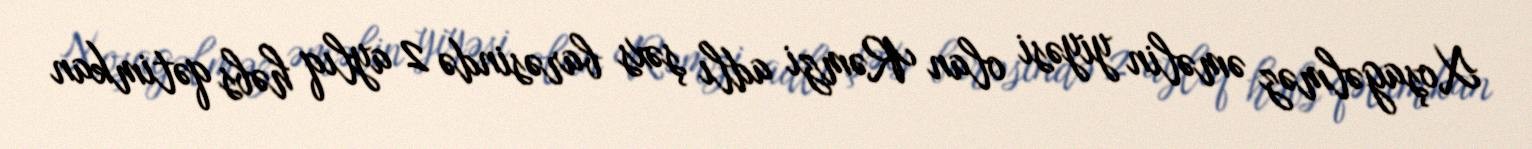
Xoşagəlməz əməlin yiyəsi olan Rəmzi adlı şəxs barəsində 2 aylıq həbs qətimkan